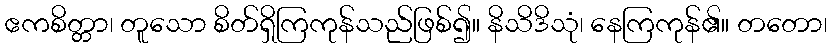
ဧကစိတ္တာ၊ တူသော စိတ်ရှိကြကုန်သည်ဖြစ်၍။ နိသိဒိသုံ၊ နေကြကုန်၏။ တတော၊